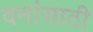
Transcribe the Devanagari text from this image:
वनांसाठी